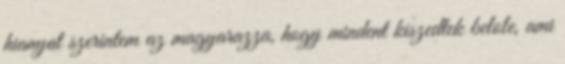
hianyat szerintem az magyarazza, hogy mindent kiszedtek belole, ami